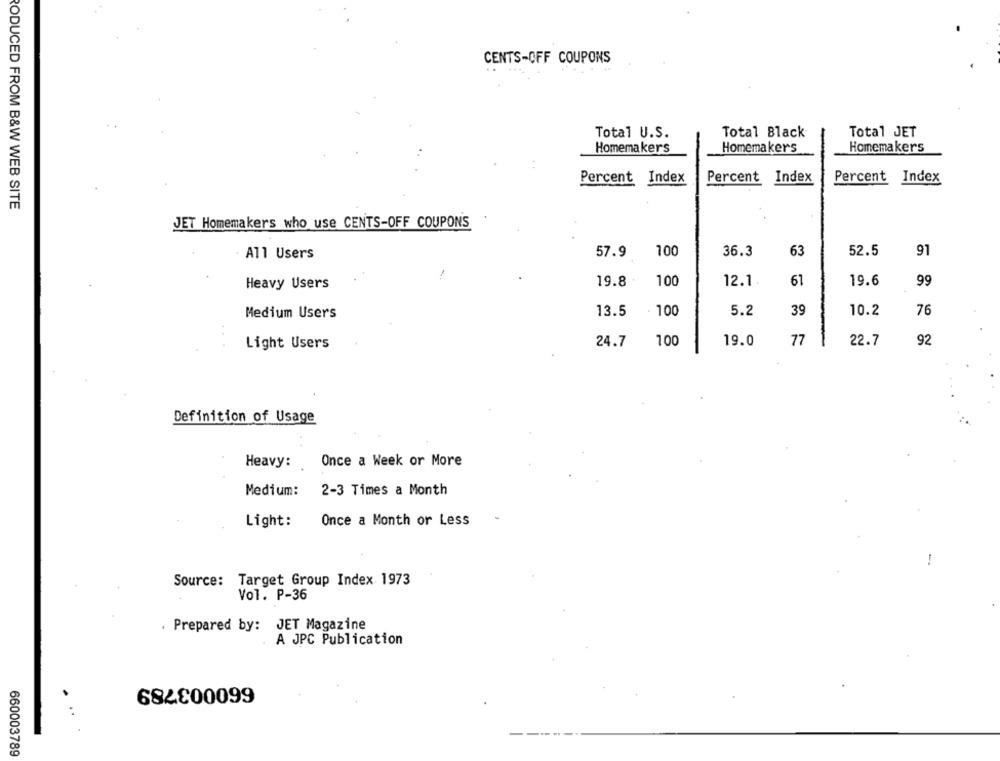
CENTS-OFF COUPONS
Total U.S.
Total Black
Total JET
Homemakers
Homemakers
Homemakers
Percent Index
Percent Index
Percent Index
RODUCED FROM B&W WEB SITE
JET Homemakers who use CENTS-OFF COUPONS
100
36.3
63
52.5
91
All Users
57.9
12.1
19.6
Heavy Users
19.8
100
61
99
13.5
- 100
5.2
39
10.2
76
Medium Users
24.7
100
19.0
77
22.7
92
Light Users
Definition of Usage
Heavy:
Once a Week or More
Medium: 2-3 Times a Month
Light:
Once a Month or Less
Source: Target Group Index 1973
Vol. P-36
. Prepared by: JET Magazine
A JPC Publication
660003789
660003789